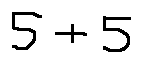
5 + 5